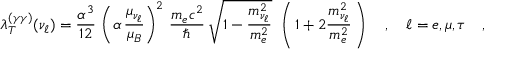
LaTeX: \lambda _ { T } ^ { ( \gamma \gamma ) } ( \nu _ { \ell } ) = \frac { \alpha ^ { 3 } } { 1 2 } \, \left( \alpha \, \frac { \mu _ { \nu _ { \ell } } } { \mu _ { B } } \right) ^ { 2 } \, \frac { m _ { e } c ^ { 2 } } { \hbar } \, \sqrt { 1 - \frac { m _ { \nu _ { \ell } } ^ { 2 } } { m _ { e } ^ { 2 } } } \ \left( \, 1 + 2 \frac { m _ { \nu _ { \ell } } ^ { 2 } } { m _ { e } ^ { 2 } } \, \right) \ \ \ , \ \ \ \ell = e , \mu , \tau \ \ \ ,